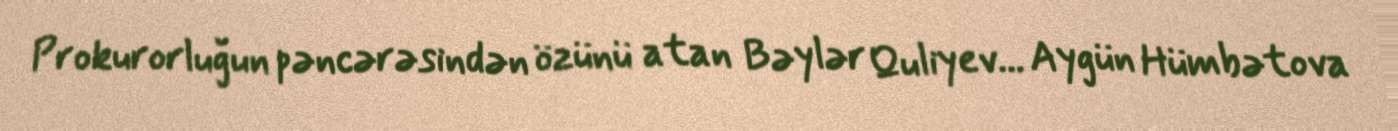
Prokurorluğun pəncərəsindən özünü atan Bəylər Quliyev... Aygün Hümbətova